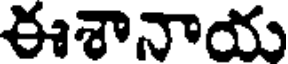
ఈశానాయ